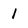
Character: 1